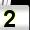
Digit: 2